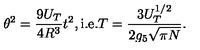
\theta ^ { 2 } = \frac { 9 U _ { T } } { 4 R ^ { 3 } } t ^ { 2 } , \mathrm { i . e . } T = \frac { 3 U _ { T } ^ { 1 / 2 } } { 2 g _ { 5 } \sqrt { \pi N } } .